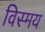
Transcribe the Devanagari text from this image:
विस्‍मय